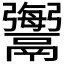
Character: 𩱟